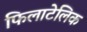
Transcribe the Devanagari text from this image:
फिलाटेलिक